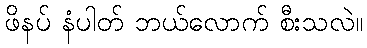
ဖိနပ် နံပါတ် ဘယ်လောက် စီးသလဲ။